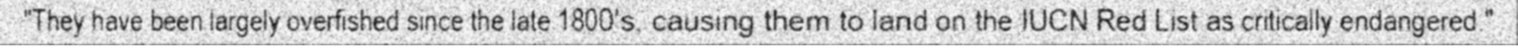
"They have been largely overfished since the late 1800's, causing them to land on the IUCN Red List as critically endangered."